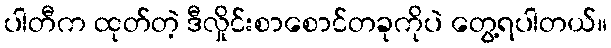
ပါတီက ထုတ်တဲ့ ဒီလှိုင်းစာစောင်တခုကိုပဲ တွေ့ရပါတယ်။